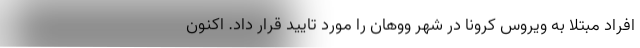
افراد مبتلا به ویروس کرونا در شهر ووهان را مورد تایید قرار داد. اکنون